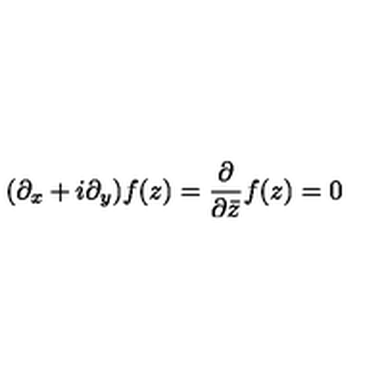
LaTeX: ( \partial _ { x } + i \partial _ { y } ) f ( z ) = \frac { \partial } { \partial \bar { z } } f ( z ) = 0